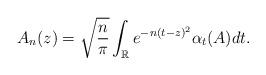
LaTeX: \begin{align*}A_n(z)=\sqrt{\frac{n}{\pi}}\int_\mathbb{R}{e^{-n(t-z)^2}\alpha_t(A) dt}.\end{align*}